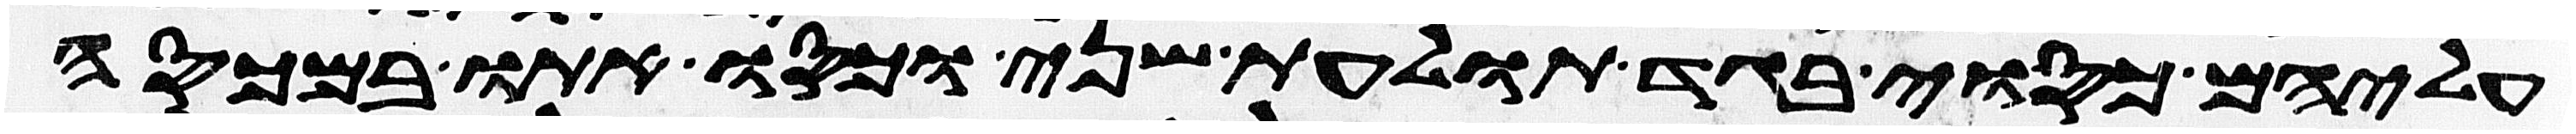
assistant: עליהם כסוי בגד תולעת שני וכסו אתו במכסה